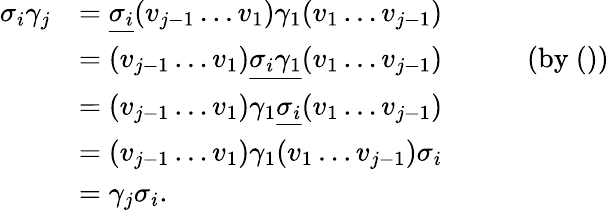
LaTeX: \begin{array}{rl}{\sigma_{i}\gamma_{j}}&{=\underline{{\sigma_{i}}}(v_{j-1}\ldots v_{1})\gamma_{1}(v_{1}\ldots v_{j-1})}\\ &{=(v_{j-1}\ldots v_{1})\underline{{\sigma_{i}\gamma_{1}}}(v_{1}\ldots v_{j-1})~~~~~~~~~~~\mathrm{~(by~())}}\\ &{=(v_{j-1}\ldots v_{1})\gamma_{1}\underline{{\sigma_{i}}}(v_{1}\ldots v_{j-1})}\\ &{=(v_{j-1}\ldots v_{1})\gamma_{1}(v_{1}\ldots v_{j-1})\sigma_{i}}\\ &{=\gamma_{j}\sigma_{i}.}\end{array}